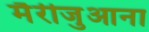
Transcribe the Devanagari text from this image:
मैरीजुआना